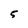
Character: 5